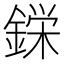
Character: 𮢚